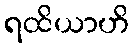
ရထိယာဟိ